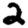
Digit: 2